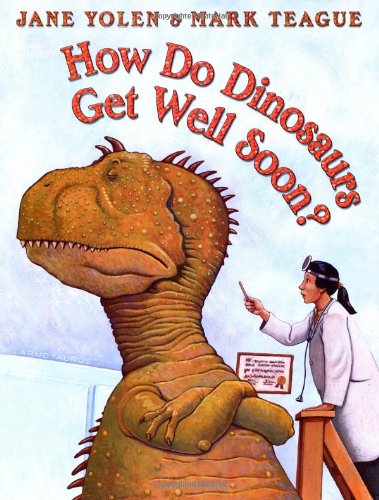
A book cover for How Do Dinosaurs Get Well Soon?; Jane Yolen; Children's Books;